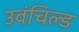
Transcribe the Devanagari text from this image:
उवंचिल्ड